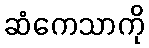
ဆံကေသာကို